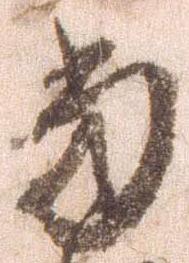
当